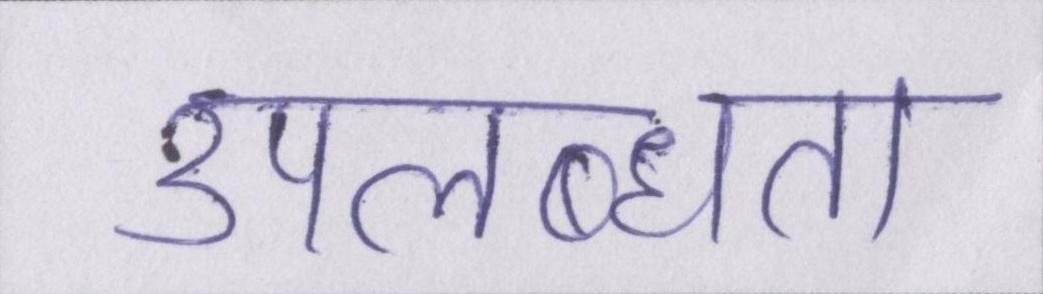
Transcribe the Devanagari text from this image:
उपलब्धता